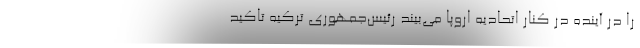
را در آینده در کنار اتحادیه اروپا می‌بیند رئیس‌جمهوری ترکیه تاکید